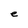
Character: e